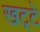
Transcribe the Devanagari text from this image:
खट्‌टे